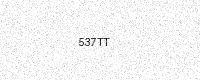
Text: 537TT